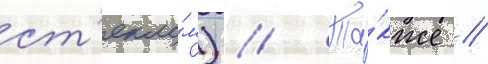
ст'екло́м) // Та́кже /